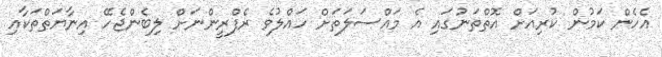
އެހެން ކަމުން ކުރިއަށް އޮތްތަނުގައި އެ މައްސަލަތަށް ހައްލުވެ ރެފްރީންނަށް ލިބެންޖެހޭ އިނާޔަތްތަކާއި